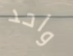
واحد